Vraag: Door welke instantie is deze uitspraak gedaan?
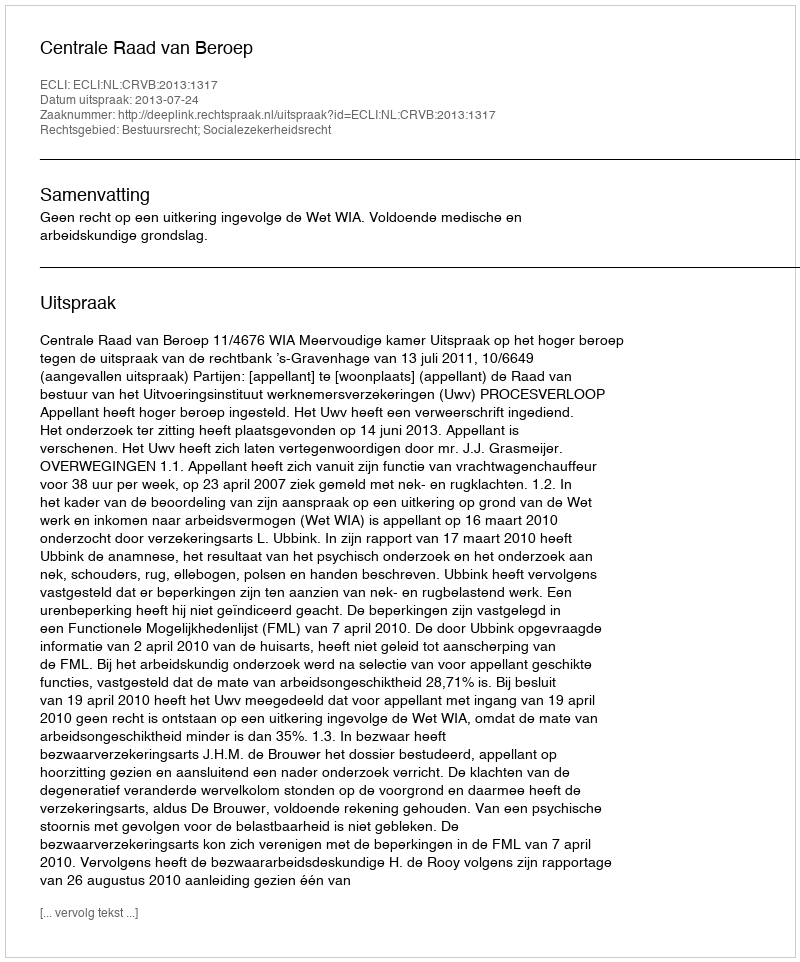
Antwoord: Centrale Raad van Beroep